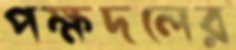
পক্ষদলের